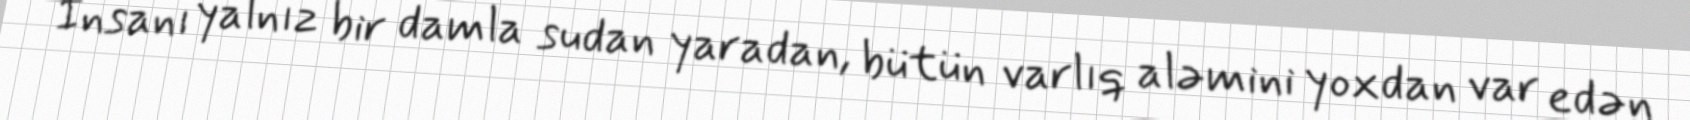
İnsanı yalnız bir damla sudan yaradan, bütün varlıq aləmini yoxdan var edən